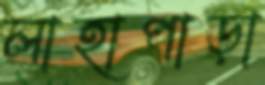
লাহাপাড়া